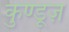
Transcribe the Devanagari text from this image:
कुण्डूज़